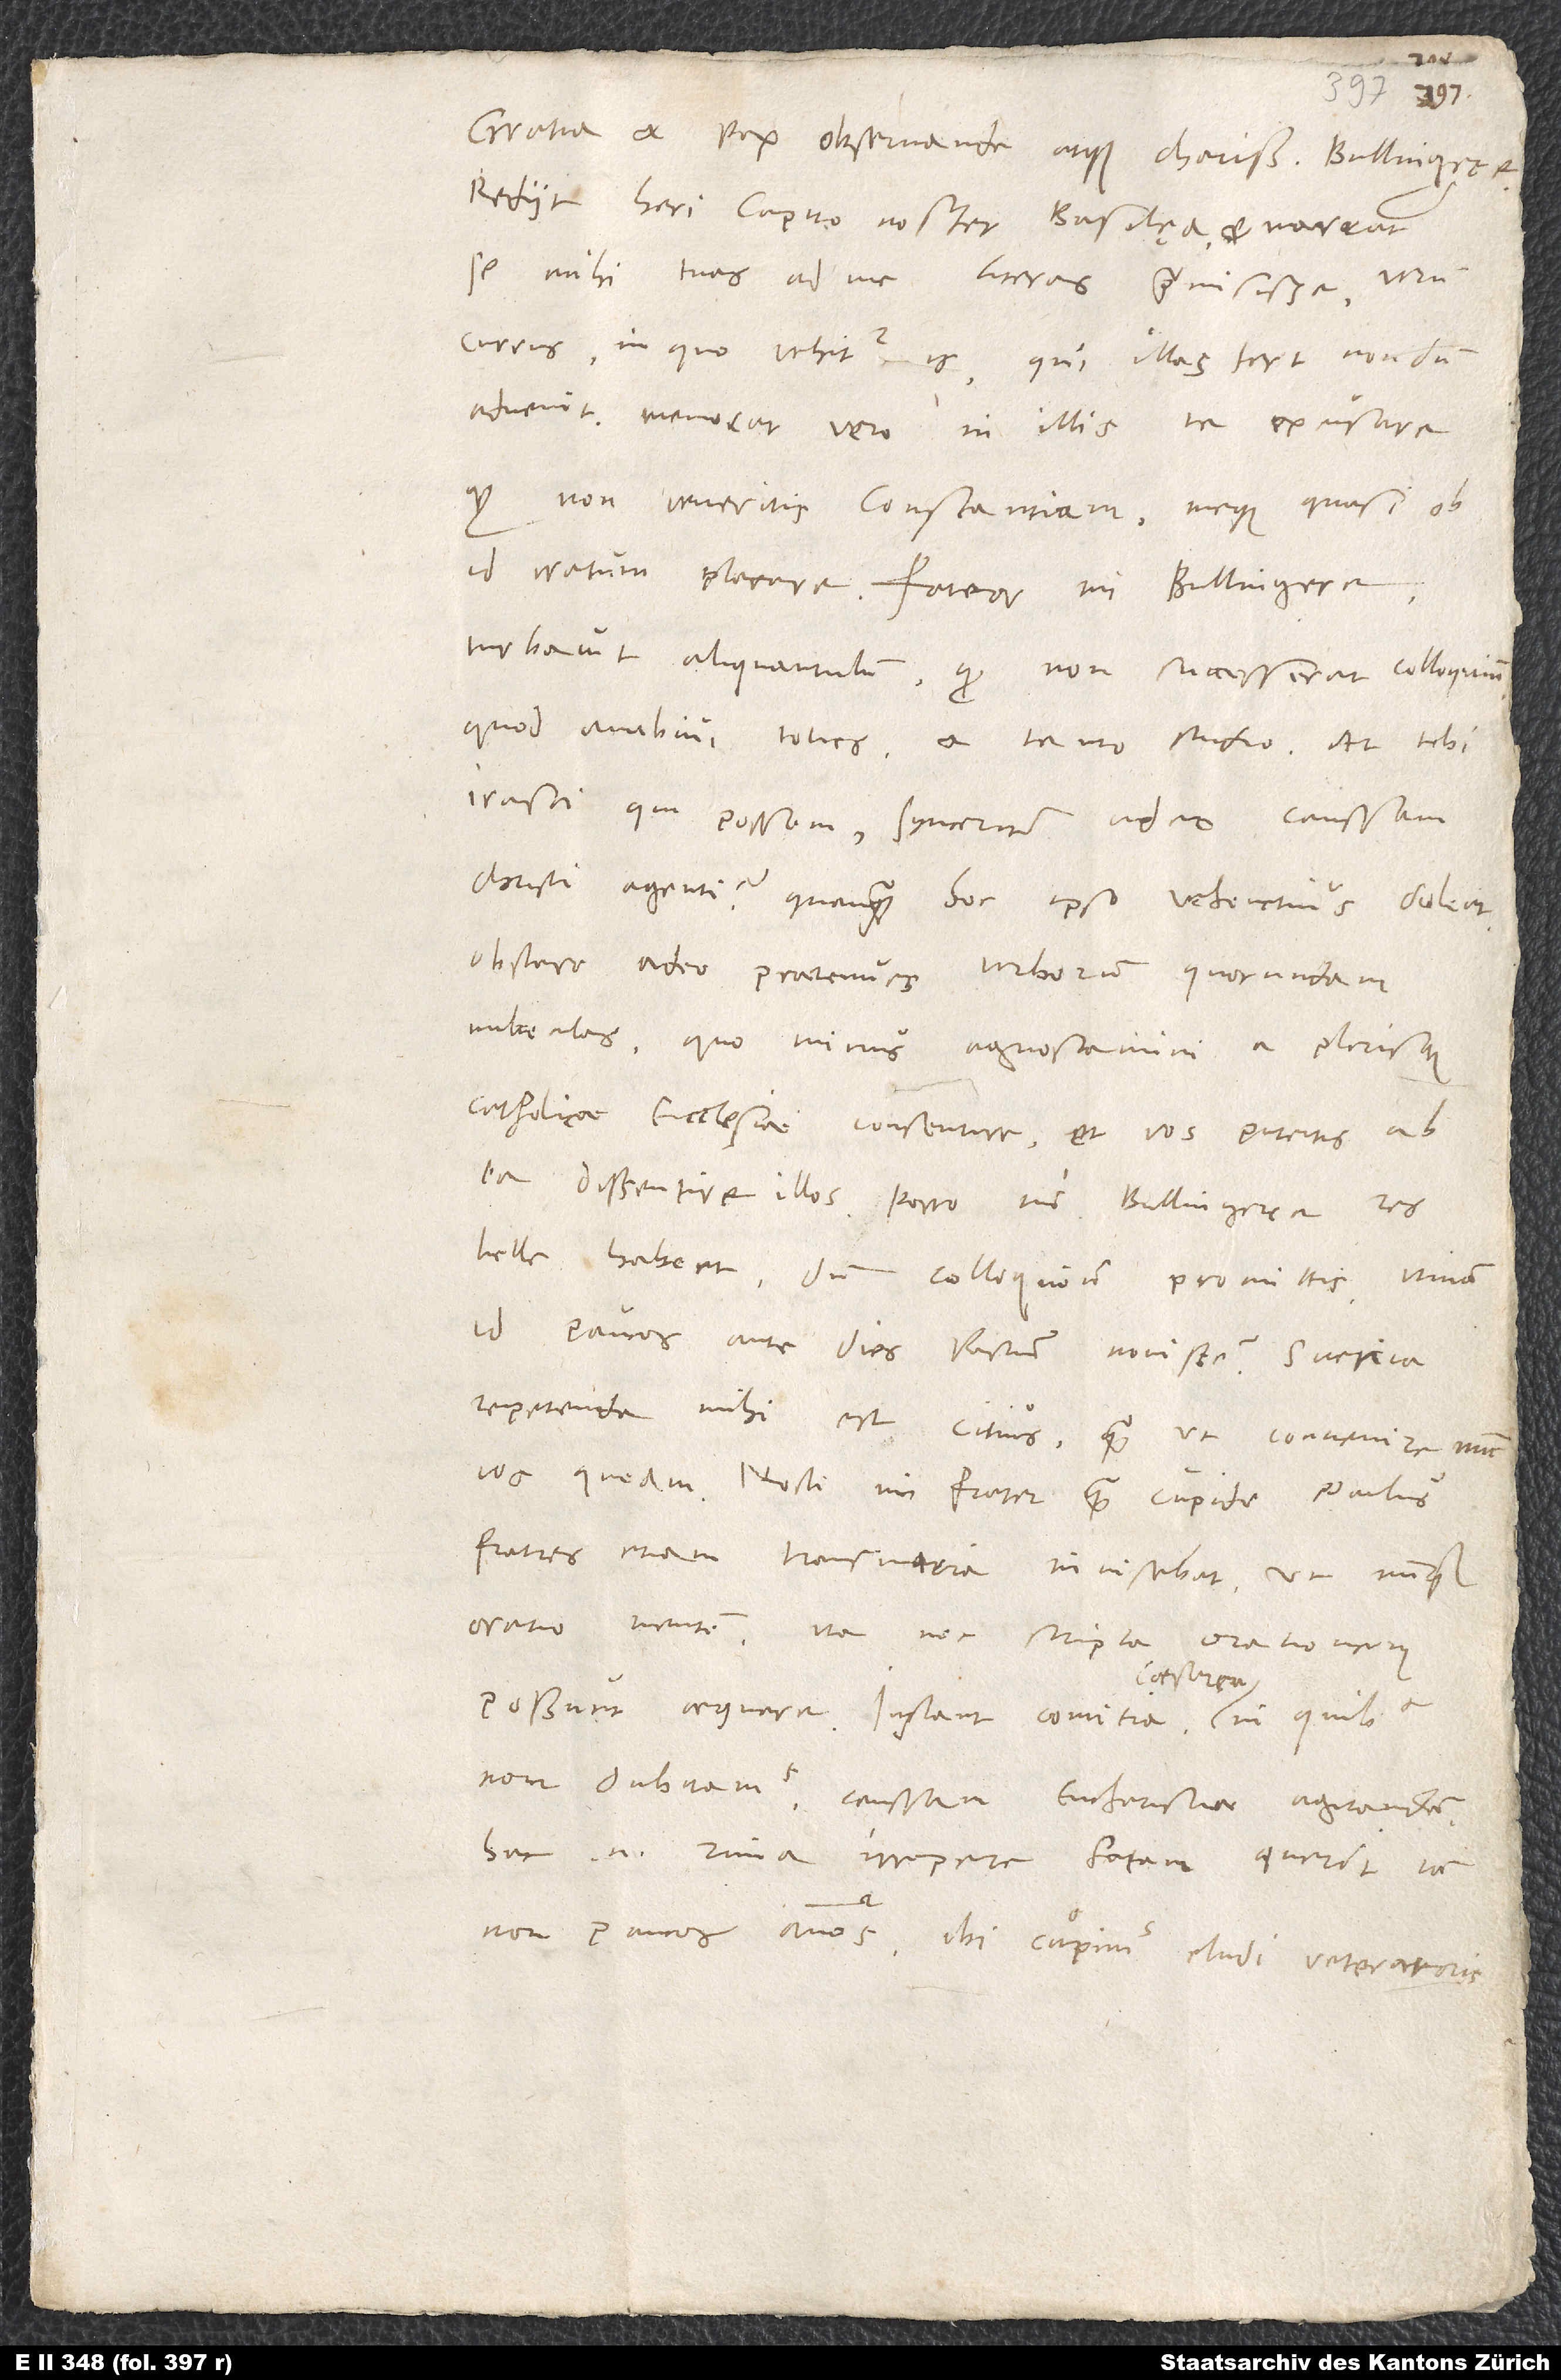
Gratia et pax, observande atque charissime Bullingere.
Rediit heri Capito noster Basilaea et narrat
se mihi tuas ad me literas praemisisse, verum
currus, in quo vehitur is, qui illas fert, nondum
advenit. Memorat vero in illis te excusare,
quod non veneritis Constantiam, meque quasi ob
id iratum placare. Fateor, mi Bullingere,
turbavit aliquantulum, quod non successerat colloquium,
quod ambivi toties et tanto studio. At tibi
irasci qui possem synceriter adeo caussam
Christi agenti? Quanquam hoc ipso vehementius doleat
obstare adeo praetenues verborum quorundam
nubeculas, quominus agnoscamini a plerisque
catholicae ecclesiae consentire, et vos putetis ab
ea dissentire illos. Porro, mi Bullingere, res
belle habent, dum colloquium promittis. Utinam
id paucos ante dies factum novissem! Svevia
repetenda mihi est citius, quam ut convenire nunc
vos queam. Nosti, mi frater, quam cupide Paulus
fratres etiam transmaria invisebat, ut nunquam
oratio mentem, ita nec scripta orationem
caesarea,
non dubitamus caussam eucharistiae agitandam.
Hac enim rima irrepere satan querit iam
non paucos annos. Ibi cupimus eludi veteratoris